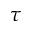
\tau